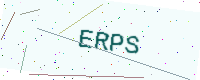
Text: ERPS